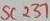
Text: SC237